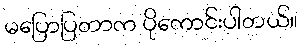
မပြောပြတာက ပိုကောင်းပါတယ်။